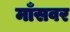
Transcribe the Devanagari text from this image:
माँसवर